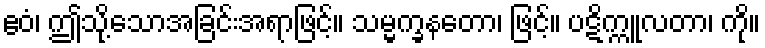
ဧဝံ၊ ဤသို့သောအခြင်းအရာဖြင့်။ သမ္မက္ခနတော၊ ဖြင့်။ ပဋိက္ကူလတာ၊ ကို။